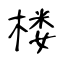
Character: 楼